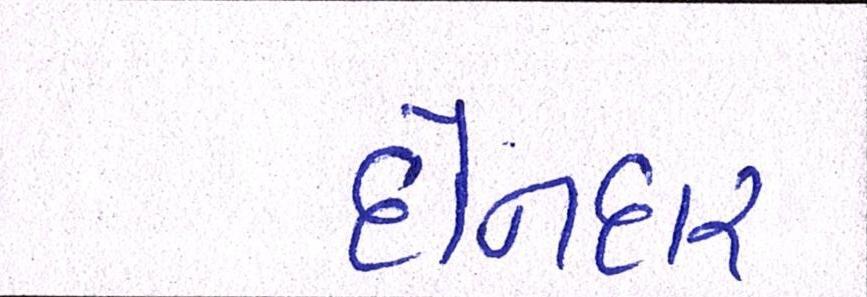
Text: દોનદાર